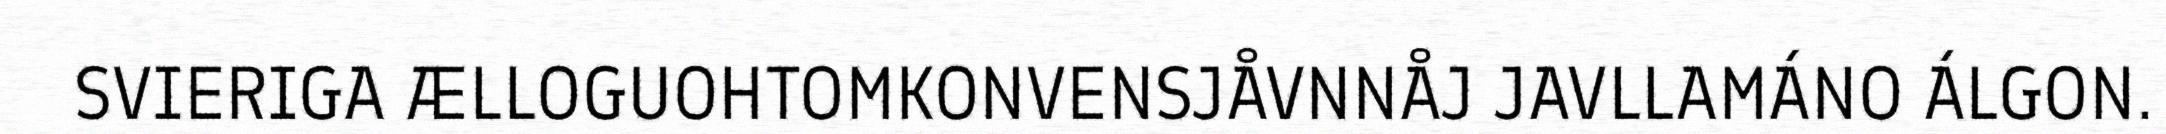
SVIERIGA ÆLLOGUOHTOMKONVENSJÅVNNÅJ JAVLLAMÁNO ÁLGON.